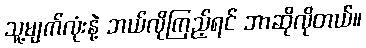
သူ့မျက်လုံးနဲ့ ဘယ်လိုကြည့်ရင် ဘာဆိုလိုတယ်။